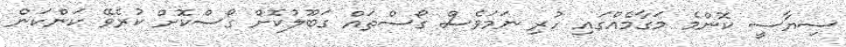
ސިޔާސީ ކޮންމެ މަގާމެއްގައި ހުރި ނަމަވެސް ގޯސްތައް ގަބޫލުކޮށް ގޯސްކޮށް ކުރެވޭ ކަންކަން